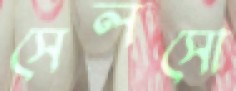
সেলসো